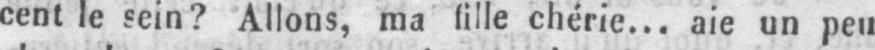
cent le sein? Allons, ma fille chérie... aie un peu